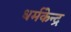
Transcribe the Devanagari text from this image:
धर्मकेन्द्र